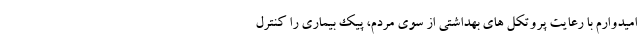
امیدوارم با رعایت پروتکل های بهداشتی از سوی مردم، پیک بیماری را کنترل